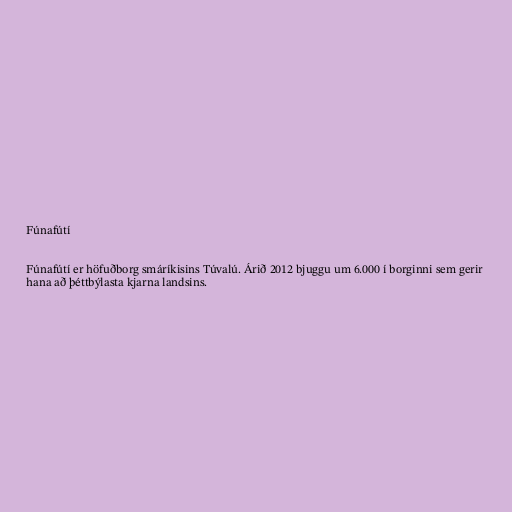
Fúnafútí

Fúnafútí er höfuðborg smáríkisins Túvalú. Árið 2012 bjuggu um 6.000 í borginni sem gerir
hana að þéttbýlasta kjarna landsins.